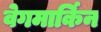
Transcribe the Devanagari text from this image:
वेगमार्किन